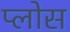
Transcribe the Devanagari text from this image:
प्लोस